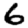
Digit: 6